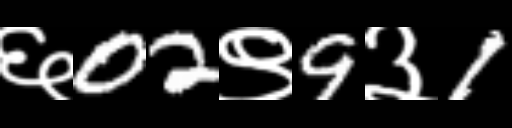
Text: ६02९9३1